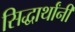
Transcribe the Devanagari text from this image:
सिद्धार्थांनी